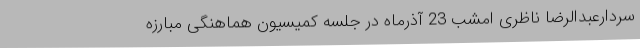
سردارعبدالرضا ناظری امشب 23 آذرماه در جلسه کمیسیون هماهنگی مبارزه